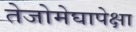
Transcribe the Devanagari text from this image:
तेजोमेघापेक्षा